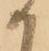
か